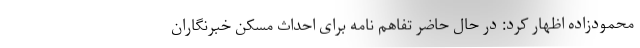
محمودزاده اظهار کرد: در حال حاضر تفاهم نامه برای احداث مسکن خبرنگاران